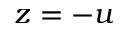
z = - u